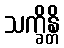
သက္ခိန္တိ